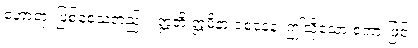
ဟောတု၊ ဖြစ်စေသတည်း။ ဣတိ ဣမိနာ ဝစနေန၊ ဤသို့သော စကားဖြင့်။